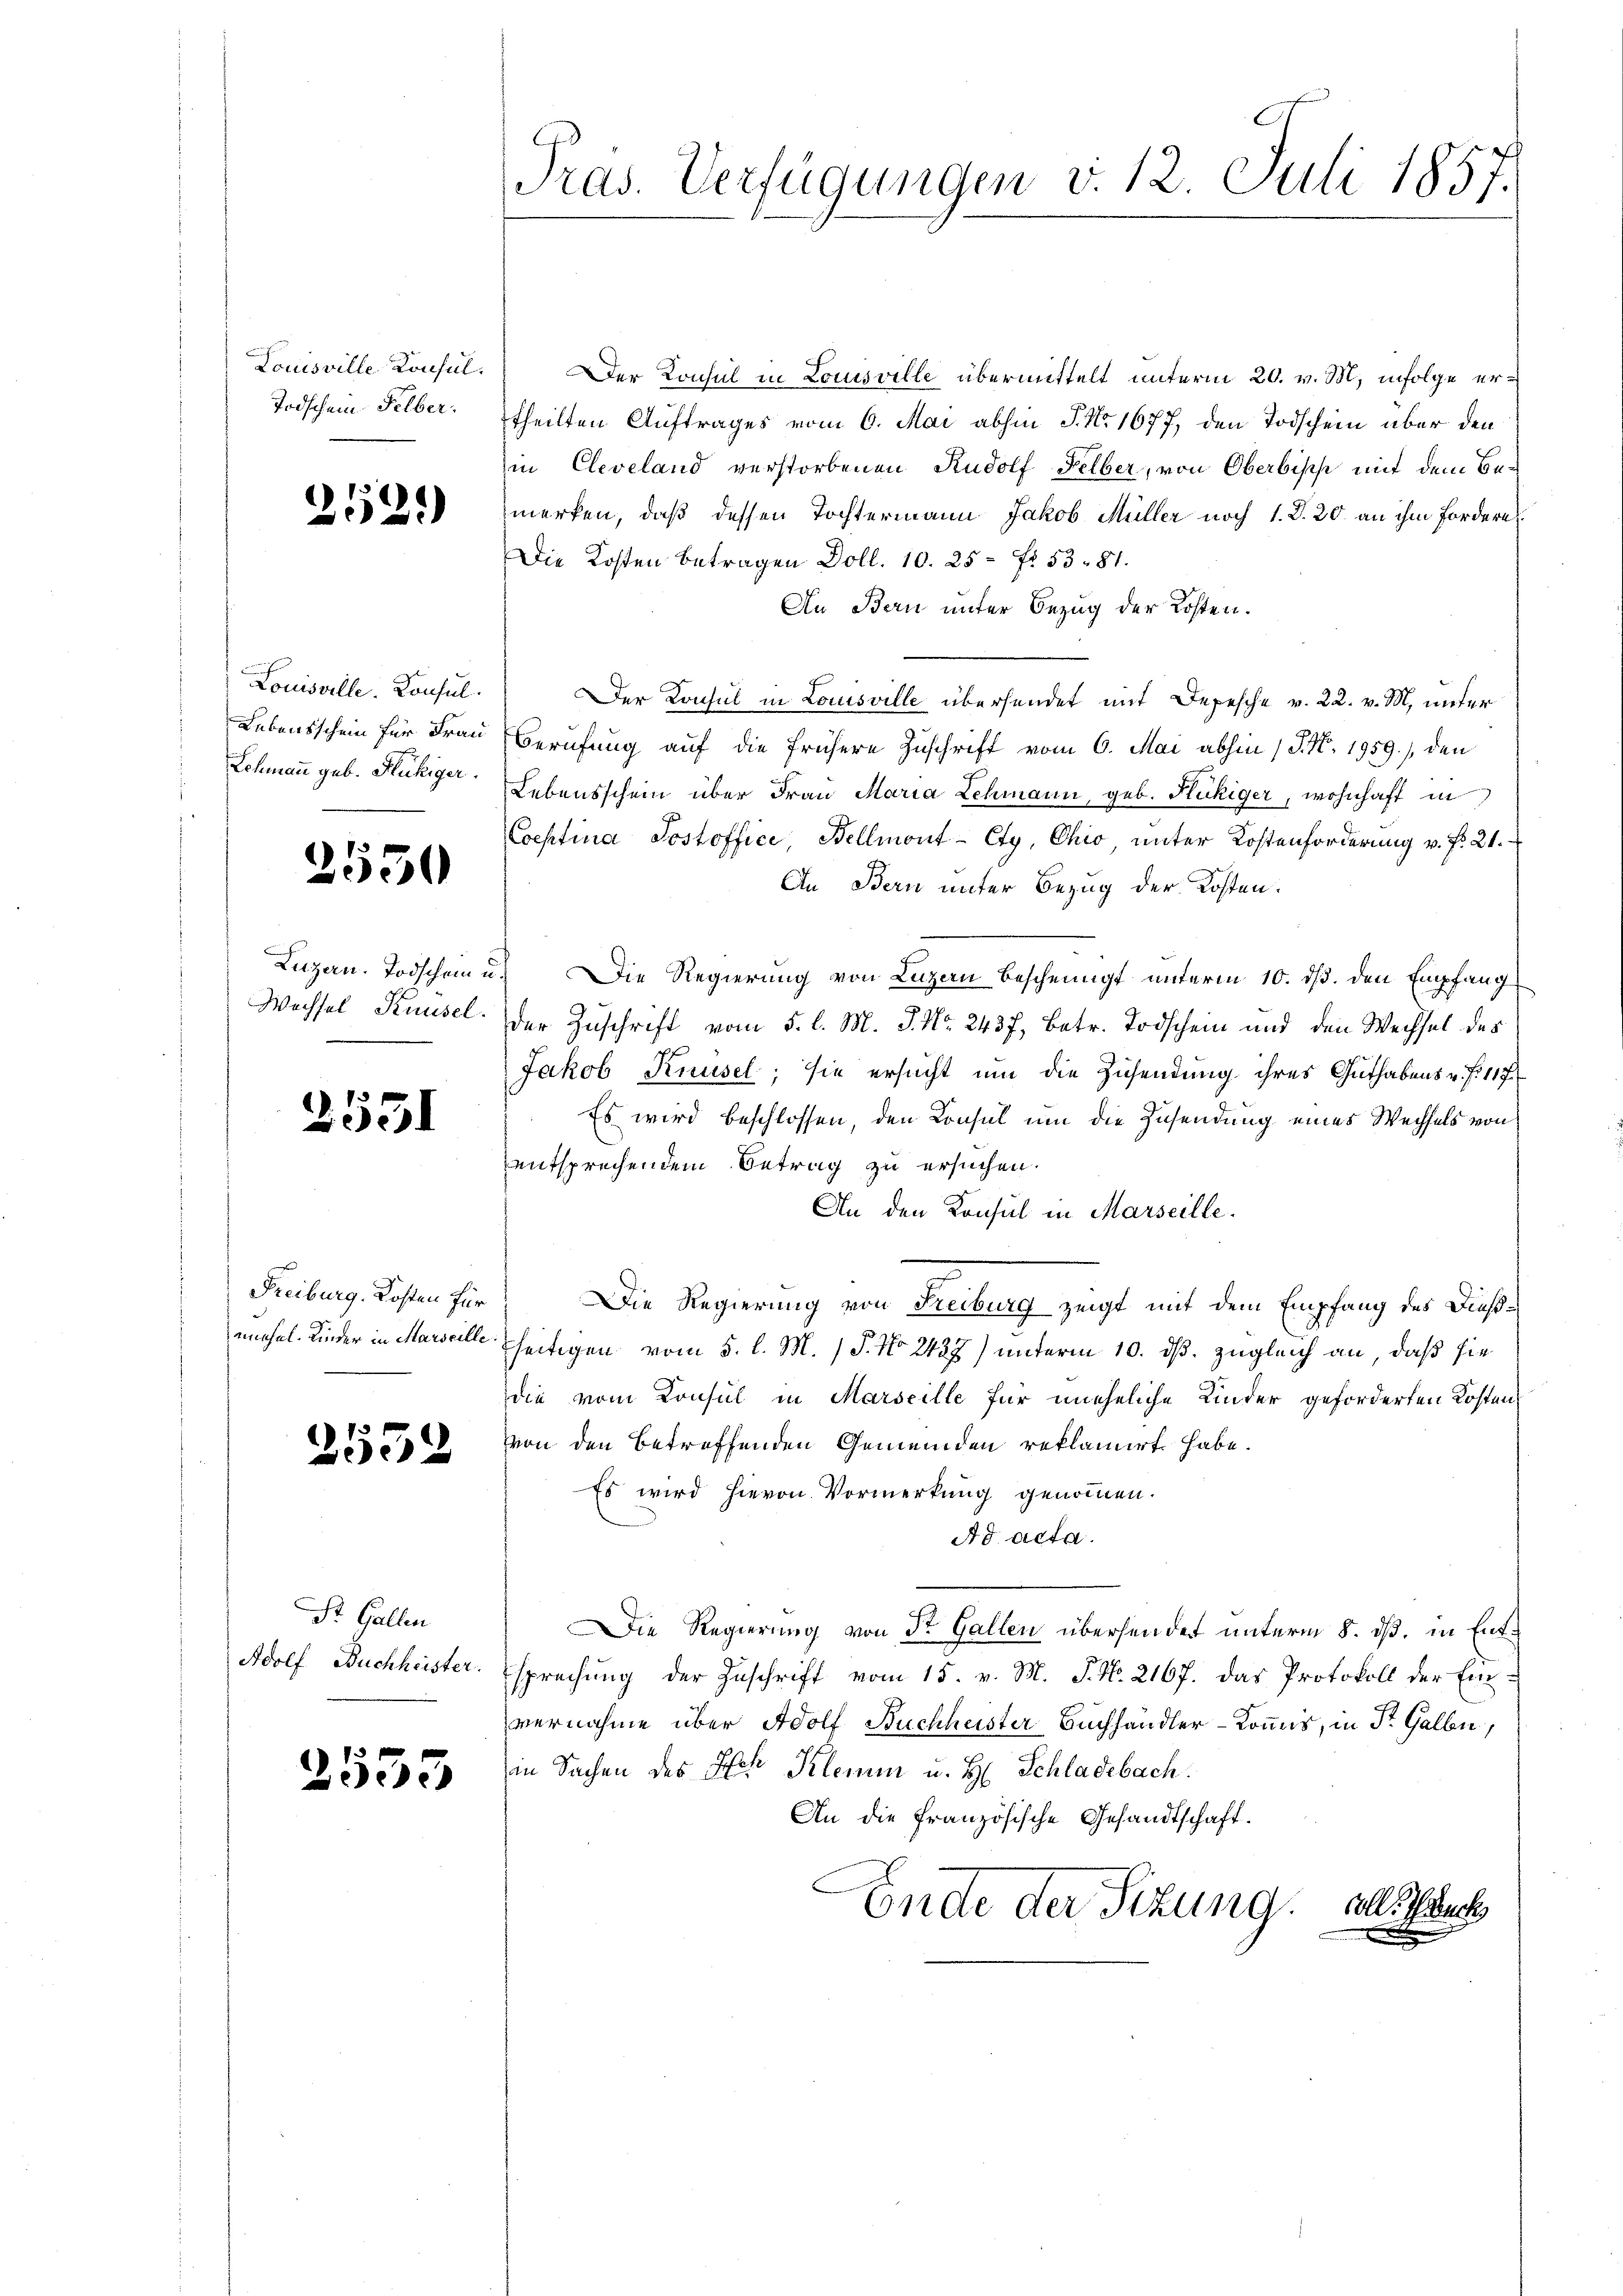
Louisville Konsul.
Todschein Selber.

2521)

Louisville. Konsul
Lebensschein für Frau
Lehmann geb. Flückiger.

2550

Luzern. Todschein u.
Wechsel, Knüsel.

2551

Freiburg, Kosten für
mnehel. Kinder in Marseille.

2552

St. Gallen
Adolf Buchheister.

2553

Pras. Verfügungen v. 12. Juli 1857.

Der Konsul in Louisville übermittelt unterm 20. v. M. infolge ertheilten Auftrages vom 6. Mai abhin P. Nr. 1677, den Todschein über den
in Cleveland verstorbenen Rudolf Felber, von Oberbisch mit dem Bemerken, daß dessen Tochtermann Jakob Müller noch 1. d. 20. an ihm fordern
Die Kosten Betragen Doll. 10. 25 f. 53. 81.
An Bau unter Bezug der Kosten.
Der Konsul in Louisville übersendet mit Depesche v. 22. v. M. unter
Berufung auf die frühere Zuschrift vom 6. Mai abhin (§. N. 1959), den
Lebensschein über Frau Maria Lehmann, geb. Flückiger, wohnhaft in
Coeptina Sostoffice Bellmont-Ety, Chio, unter Kostenforderung v. f. 21.
An Bern unter Bezug der Kosten.
Die Regierung von Luzern bescheinigt unterm 10. ds. den Empfang
der Zuschrift vom 5. l. M. J. Nr. 2437. Betr. Todschein und den Wechsel des
Jakob Knüsel; sie ersucht um die Zusendung ihres Guthabens u. f. 117
Es wird beschlossen, den Consul um die Zusendung eines Wechsels von
entsprechendem Betrag zu ersuchen.
An den Konsul in Marseille.
Die Regierung von Freiburg zeigt mit dem Empfang des Dießseitigen vom 5. l. M. (T. No. 2427) unterm 10. ds. zugleich an, daß sie
die vom Konsul in Marseille für uneheliche Kinder geforderten Kostenvon den betreffenden Gemeinden reklamirt habe.
Es wird hievon Vormerkung genommen.
Ad acta.
Die Regierung von Sr. Gallen übersendet unterm 8. dß. in Entsprechung der Zuschrift vom 15. v. M. J. No. 2167. Das Protokoll der Einvernahme über Adolf Buchheister Buchhandler-Kommis, in Dr. Gallen,
in Sachen des Ich Klemm u. H. Schladebach.
An die französische Gesandtschaft.
Ende der Sitzung als auch